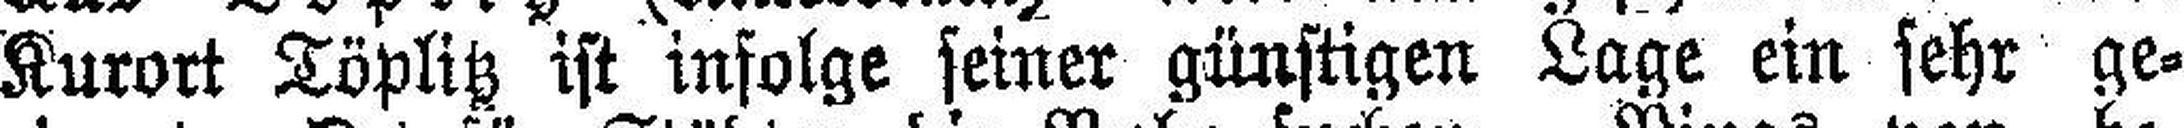
Kurort Töplitz ist infolge seiner günstigen Lage ein sehr ge¬